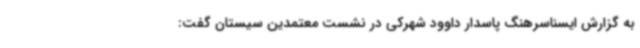
به گزارش ایسناسرهنگ پاسدار داوود شهرکی در نشست معتمدین سیستان گفت: